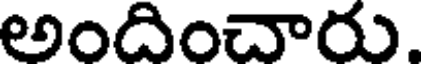
అందించారు.